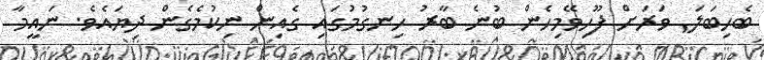
ބެހިބަލަ